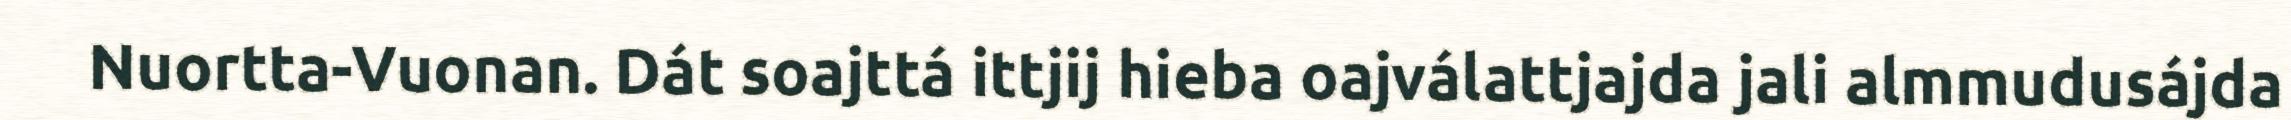
Nuortta-Vuonan. Dát soajttá ittjij hieba oajválattjajda jali almmudusájda